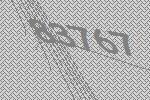
83767